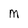
Character: M